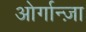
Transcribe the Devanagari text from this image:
ओर्गान्ज़ा